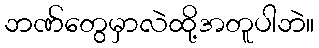
ဘဏ်တွေမှာလဲထို့အတူပါဘဲ။